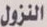
النزول